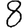
Digit: 8